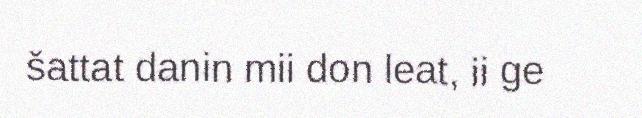
šattat danin mii don leat, ii ge